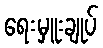
ရေးမှူးချုပ်